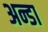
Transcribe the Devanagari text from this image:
अन्डा